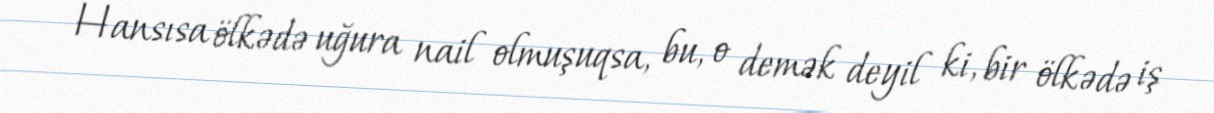
Hansısa ölkədə uğura nail olmuşuqsa, bu, o demək deyil ki, bir ölkədə iş